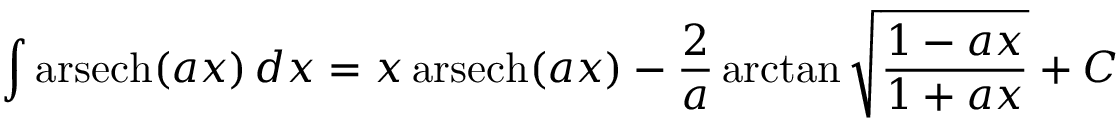
\int \operatorname { a r s e c h } ( a x ) \, d x = x \operatorname { a r s e c h } ( a x ) - { \frac { 2 } { a } } \arctan { \sqrt { \frac { 1 - a x } { 1 + a x } } } + C